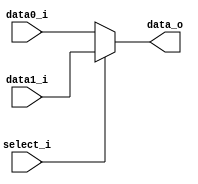
module Mux2to1( data0_i, data1_i, select_i, data_o );

parameter size = 0;			   
			
//I/O ports               
input wire	[size-1:0] data0_i;          
input wire	[size-1:0] data1_i;
input wire	select_i;
output wire	[size-1:0] data_o; 
//Main function
/*your code here*/
assign data_o = (select_i == 1'b0) ? data0_i : data1_i;

endmodule